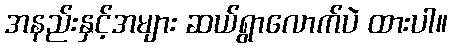
အနည်းနှင့်အများ ဆယ်ရွာလောက်ပဲ ထားပါ။